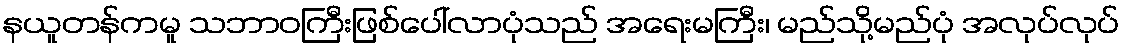
နယူတန်ကမူ သဘာဝကြီးဖြစ်ပေါ်လာပုံသည် အရေးမကြီး၊ မည်သို့မည်ပုံ အလုပ်လုပ်